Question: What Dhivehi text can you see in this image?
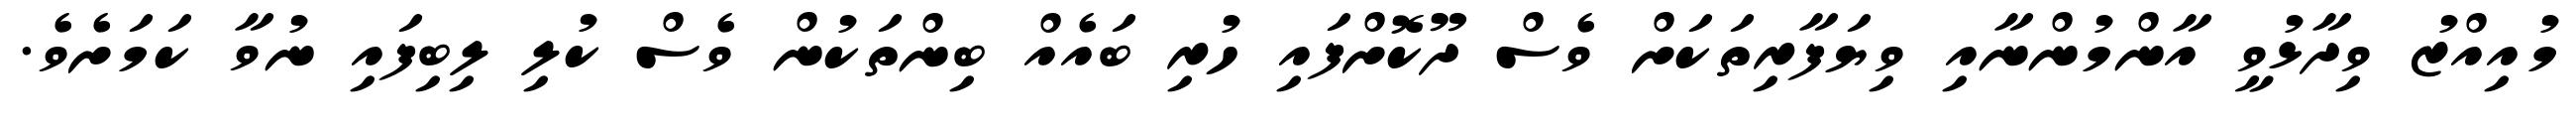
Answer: މުއިއްޒު ވިދާޅުވީ އާންމުންނާއި ވިޔަފާރިތަކަށް ވެސް ދޫކޮށްފައި ހުރި ބައެއް ބިންތަކުން ވެސް ކުލި ލިބިފައި ނުވާ ކަމަށެވެ.